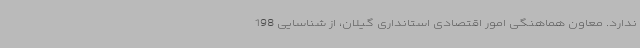
ندارد. معاون هماهنگی امور اقتصادی استانداری گیلان، از شناسایی 198